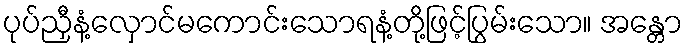
ပုပ်ညှီနံ့လှောင်မကောင်းသောရနံ့တို့ဖြင့်ပြွမ်းသော။ အန္တော